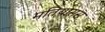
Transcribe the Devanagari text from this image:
मतियासस